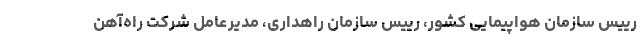
رییس سازمان هواپیمایی کشور، رییس سازمان راهداری، مدیرعامل شرکت راه‌آهن